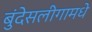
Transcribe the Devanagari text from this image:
बुंदेसलीगामधे